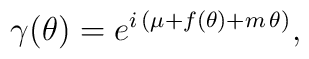
\gamma ( \theta ) = e^{ i \, ( \mu + f(\theta) + m \, \theta ) },